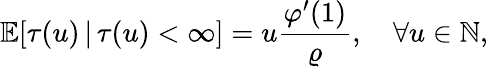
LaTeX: \mathbb{E}[\tau(u)\, |\, \tau(u)<\infty]=u\frac{\varphi^{\prime}(1)}{\varrho},\quad\forall u\in\mathbb{N},